Annual report on the working of the mental hospitals in the Madras Presidency - 1912-1932
Year: 1912
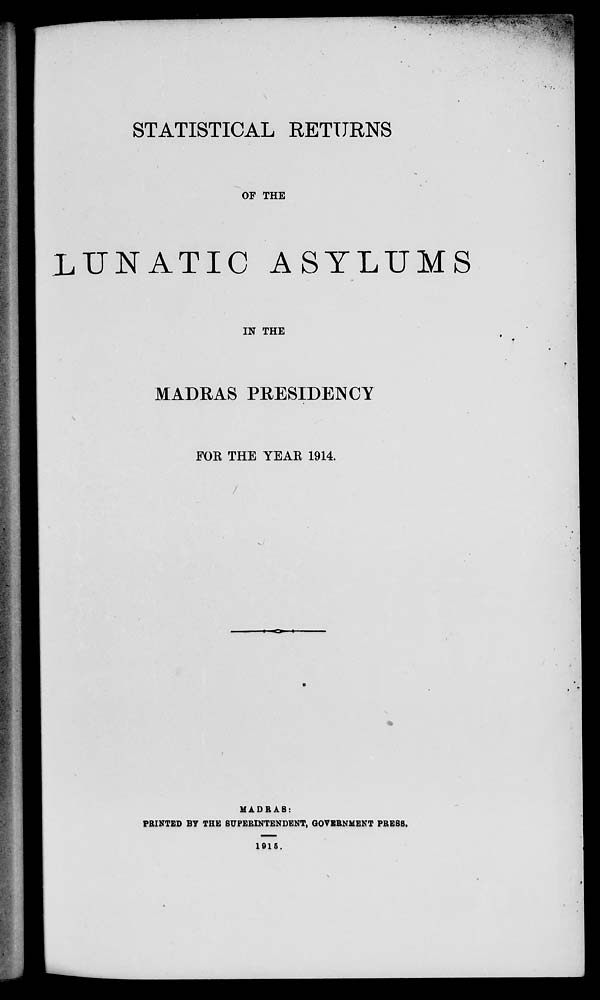
STATISTICAL RETURNS
OF THE
LUNATIC ASYLUMS
IN THE
MADRAS PRESIDENCY
FOR THE YEAR 1914.
/
MADRAS:
PRINTED BY THE SUPERINTENDENT, GOVERNMENT PRESS.
1915.